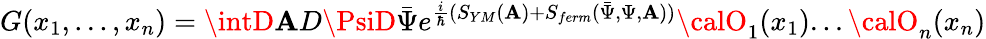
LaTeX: G(x_{1},...,x_{n})=\intD\mathbf{A}D\PsiD\bar{{\Psi}}e^{\frac{{i}}{{\hbar}}(S_{YM}(\mathbf{A})+S_{ferm}(\bar{{\Psi}},\Psi,\mathbf{A}))}{\calO}_{1}(x_{1})...{\calO}_{n}(x_{n})